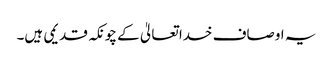
یہ اوصاف خدا تعالیٰ کے چونکہ قدیمی ہیں۔